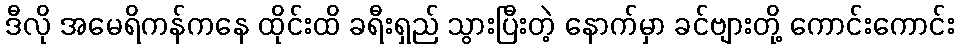
ဒီလို အမေရိကန်ကနေ ထိုင်းထိ ခရီးရှည် သွားပြီးတဲ့ နောက်မှာ ခင်ဗျားတို့ ကောင်းကောင်း